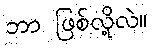
ဘာ ဖြစ်လို့လဲ။